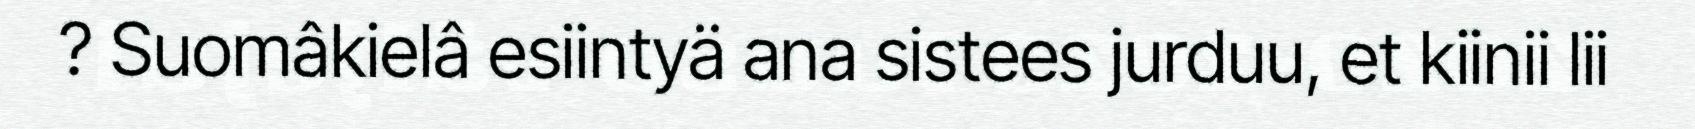
? Suomâkielâ esiintyä ana sistees jurduu, et kiinii lii